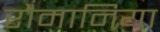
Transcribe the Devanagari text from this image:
रौमानिया